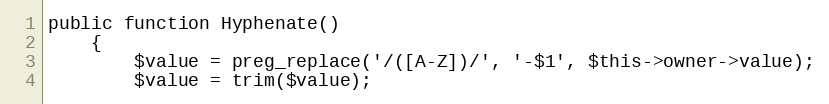
Language: PHP
public function Hyphenate()
    {
        $value = preg_replace('/([A-Z])/', '-$1', $this->owner->value);
        $value = trim($value);